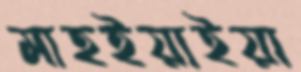
মাহইয়াইয়া